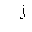
Letter: _lam